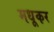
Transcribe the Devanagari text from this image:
मधूकर